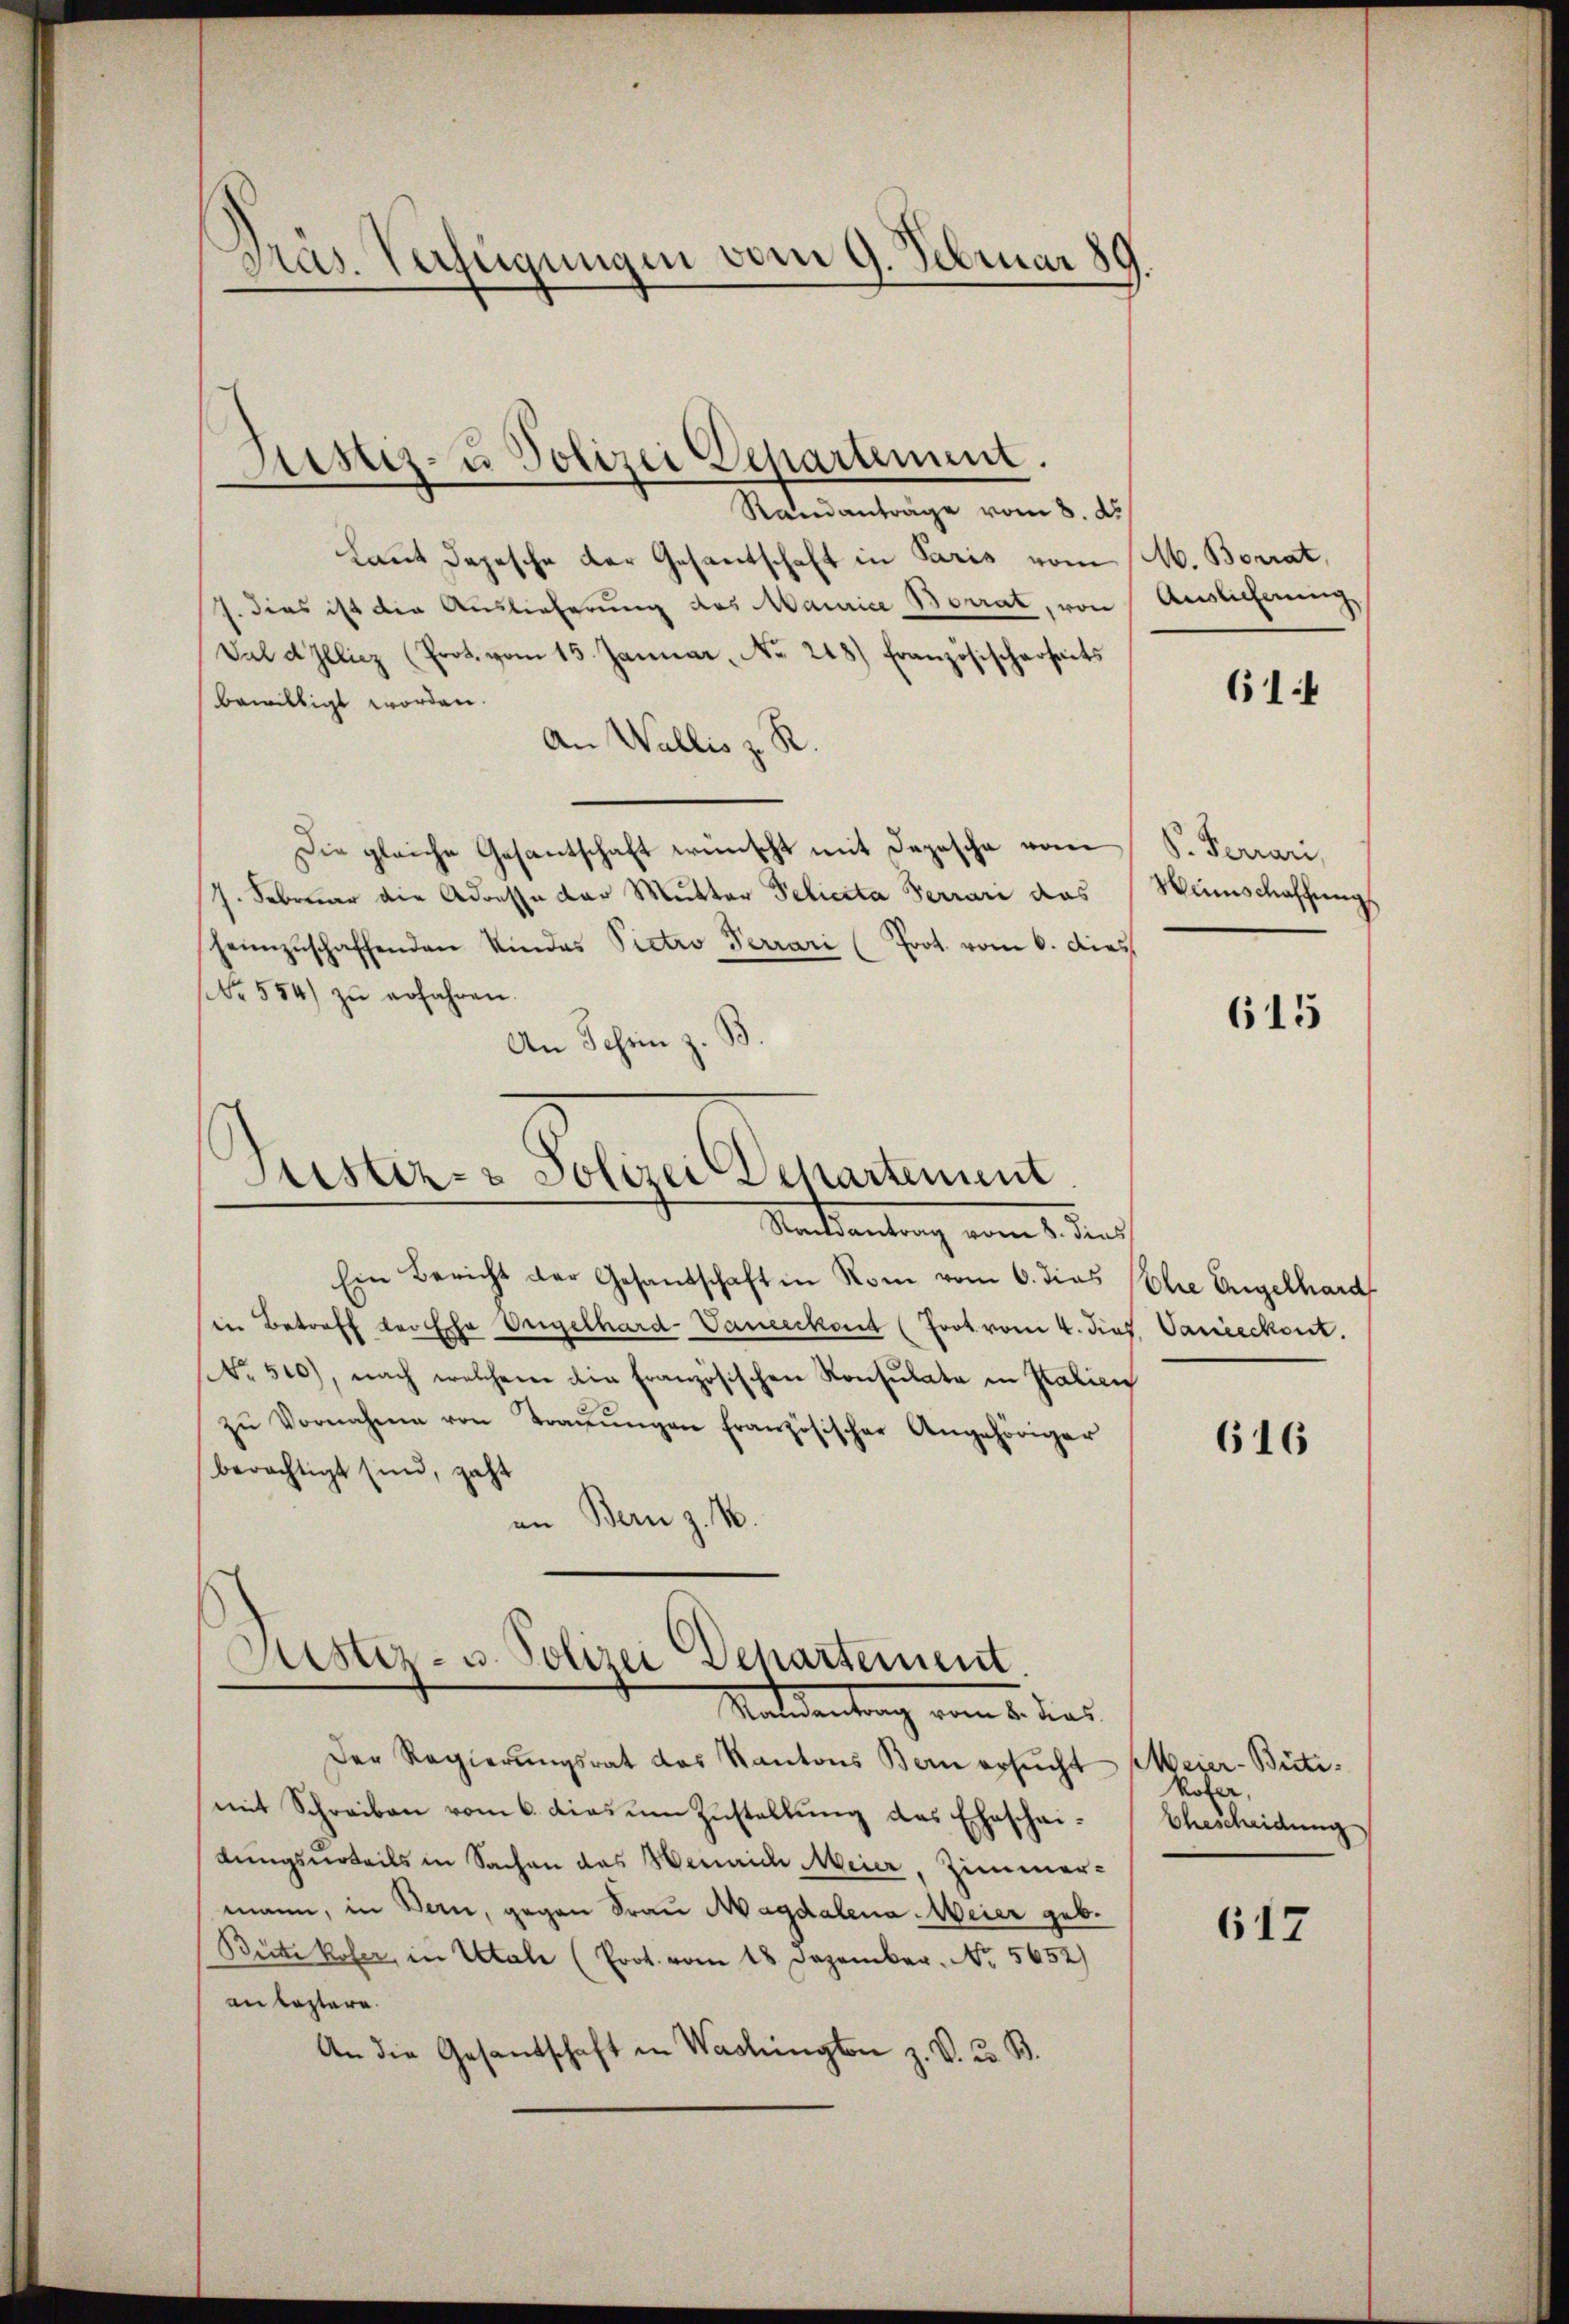
Präs. Verfügungen vom 9. Februar 189.

Ristiz- u Polizei Departement.
—
Randanträge vom 8. ds

Laut Depesche der Gesantschaft in Paris vom M. Borrat,
J. dies ist die Auslieferung des Maurice Borrat, von
Val d Zelicz (Prot. vom 15. Januar, No. 248) Französischerseits
bewilligt worden.
An Wallis z. R.
Die gleiche Gesantschaft wünscht mit Depesche vom
J. Februar die Adresse der Mutter Pelicita Ferrari das
heimzuschaffenden Kindes Victro Terrari (Prot. vom 6. dies
No. 554) zŭ erfahren.
An Schein z. B

Justiz- & Polizei Departement
Montantung vom 1. und

Ein Bericht der Gesandschaft in Rom vom 6. dies
in Betreff der Ehe Engelhard-Vaneeckant (Frot vom 4. dies. Vanieckent.
No. 500), nach welchem die Französischen Konsulate in Kalien
zŭ Vornahme von Traŭŭngen französischer Angehöriger
berächtigt sind, geht
an Bern z. B.

Justiz- u. Polizei Dehartement
Mantedankung vom 5. dies

Der Regierungsrat des Kantons Bern ersŭcht
mit Schreiben vom 6. dies um Zustellung des Eheschei-
dungsurteils in Sachen das Weinrich Meier, Zimmer-
mann, in Bern, gegen Frau Magdalena Meier geb.
Bütte kofer, in Utale (Prot. vom 18. Dezember. No. 5652)
an leztere.
An die Gesandschaft in Washingten z. V. u. B.

Auslicherung

614

P. Ferrari
Winschaffung

615

Ehre Engelhard

616

Meier-Büti.
kofer,
Ehescheidung

617